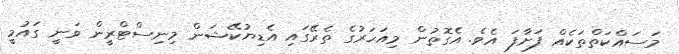
މަސައްކަތްތަކެއް ފަށާފަ އެވެ. އެގޮތުން މިއަހަރުގެ ތެރޭގައި އެޑިޔުކޭޝަން މިނިސްޓްރީން ވަނީ ގައުމީ